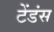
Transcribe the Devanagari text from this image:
टेंडंस